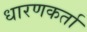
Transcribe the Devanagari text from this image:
धारणकर्ता